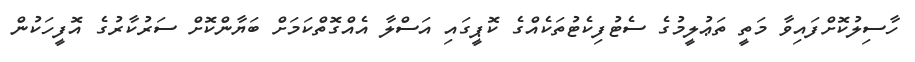
ހާސިލުކޮށްފައިވާ މަތީ ތަޢުލީމުގެ ސެޓުފިކެޓުތަކެއްގެ ކޮޕީގައި އަސްލާ އެއްގޮތްކަމަށް ބަޔާންކޮށް ސަރުކާރުގެ އޮފީހަކުން